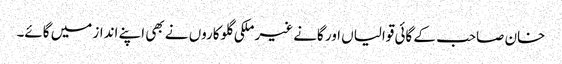
خان صاحب کے گائی قوالیاں اور گانے غیر ملکی گلوکاروں نے بھی اپنے انداز میں گائے۔